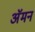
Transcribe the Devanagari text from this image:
अॅमन